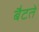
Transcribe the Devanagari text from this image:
बैटते